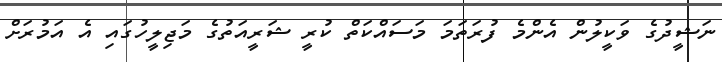
ނަޝީދުގެ ވަކީލުން އެންމެ ފުރަތަމަ މަސައްކަތް ކުރީ ޝަރީއަތުގެ މަޖިލީހުގައި އެ އަމުރަށް